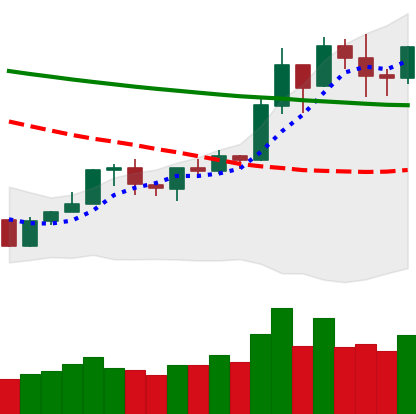
Ticker: BNB-USD
Chart end date: 2020-01-21
Forward return: -3.801%
Label: down_3_5